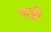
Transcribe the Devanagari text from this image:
सष्ठी